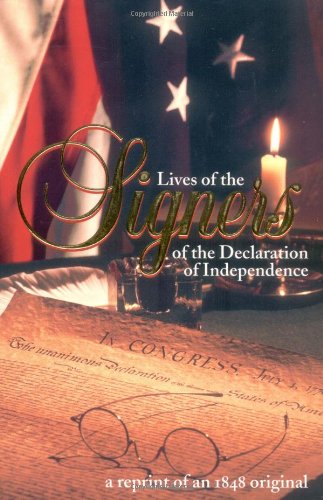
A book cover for Lives of the Signers of the Declaration of Independence; Benson J. Lossing; Biographies & Memoirs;